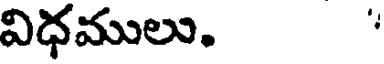
విధములు. '